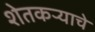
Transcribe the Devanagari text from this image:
शेतकऱ्याचे